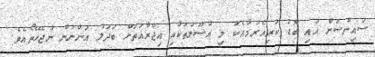
ސައިންސަށް އައި ބޮޑު ކުރިއެރުމާއެކު މި އުޞޫލުތަކާއި އިޖްރާއަތަށް ބަދަލު އަންނަން ނުޖެހޭތޯއެވެ.